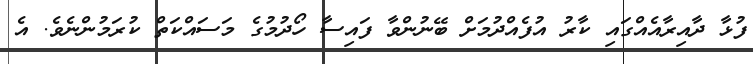
ފުޅާ ދާއިރާއެއްގައި ކާރު އުފެއްދުމަށް ބޭނުންވާ ފައިސާ ހޯދުމުގެ މަސައްކަތް ކުރަމުންނެވެ. އެ